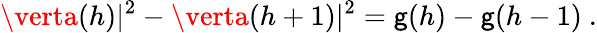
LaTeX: \verta(h)\vert^{2}-\verta(h+1)\vert^{2}=\mathsf{g}(h)-\mathsf{g}(h-1)~.